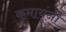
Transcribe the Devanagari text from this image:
कुमायूंनी